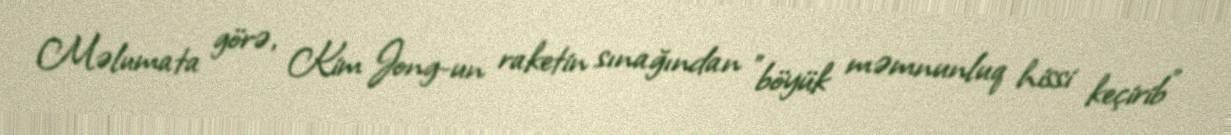
Məlumata görə, Kim Jong-un raketin sınağından "böyük məmnunluq hissi keçirib"